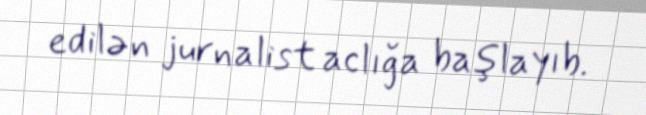
edilən jurnalist aclığa başlayıb.